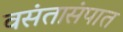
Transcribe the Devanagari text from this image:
वसंतासंपात